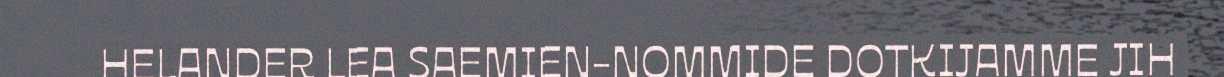
HELANDER LEA SAEMIEN-NOMMIDE DOTKIJAMME JIH